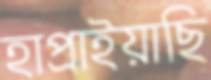
হাপ্‌রাইয়াছি